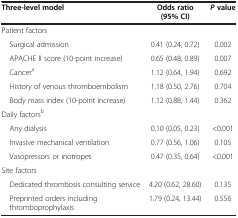
<table><thead><tr><td><b>Three-level model</b></td><td><b>Odds ratio (95% CI)</b></td><td><b><i>P </i>value</b></td></tr></thead><tbody><tr><td>Patient factors</td><td> </td><td> </td></tr><tr><td> Surgical admission</td><td>0.41 (0.24, 0.72)</td><td>0.002</td></tr><tr><td> APACHE II score (10-point increase)</td><td>0.65 (0.48, 0.89)</td><td>0.007</td></tr><tr><td> Cancer<sup>a</sup></td><td>1.12 (0.64, 1.94)</td><td>0.692</td></tr><tr><td> History of venous thromboembolism</td><td>1.18 (0.50, 2.76)</td><td>0.704</td></tr><tr><td> Body mass index (10-point increase)</td><td>1.12 (0.88, 1.44)</td><td>0.362</td></tr><tr><td>Daily factors<sup>b</sup></td><td> </td><td> </td></tr><tr><td> Any dialysis</td><td>0.10 (0.05, 0.23)</td><td>&lt;0.001</td></tr><tr><td> Invasive mechanical ventilation</td><td>0.77 (0.56, 1.06)</td><td>0.105</td></tr><tr><td> Vasopressors or inotropes</td><td>0.47 (0.35, 0.64)</td><td>&lt;0.001</td></tr><tr><td>Site factors</td><td> </td><td> </td></tr><tr><td> Dedicated thrombosis consulting service</td><td>4.20 (0.62, 28.60)</td><td>0.135</td></tr><tr><td> Preprinted orders including thromboprophylaxis</td><td>1.79 (0.24, 13.44)</td><td>0.556</td></tr></tbody></table>